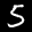
Label: 5